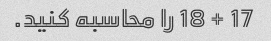
17 + 18 را محاسبه کنید.